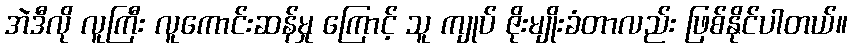
အဲဒီလို လူကြီး လူကောင်းဆန်မှု ကြောင့် သူ ကျုပ် ဇိုးမျိုးခံတာလည်း ဖြစ်နိုင်ပါတယ်။